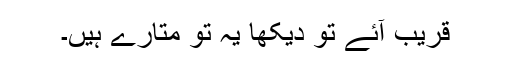
قریب آئے تو دیکھا یہ تو متارے ہیں۔